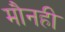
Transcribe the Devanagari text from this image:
मौनही